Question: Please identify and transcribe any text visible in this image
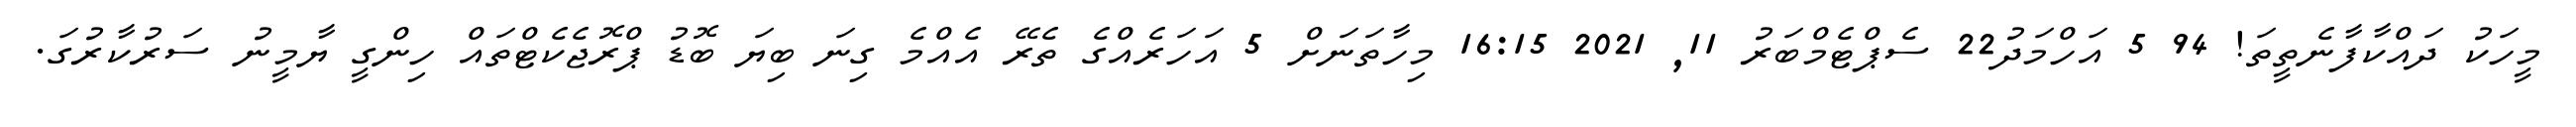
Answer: މީހަކު ދައްކާފާނެތީތަ! 94 5 އަހްމަދު22 ސެޕްޓެމްބަރު 11, 2021 16:15 މިހާތަނަށް 5 އަހަރެއްގެ ތެރޭ އެއްމެ ގިނަ ބިޔަ ބޮޑު ޕްރޮޖެކެޓްތައް ހިންގީ ޔާމީނު ސަރުކާރުގަ.